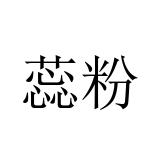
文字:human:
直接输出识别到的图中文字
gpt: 蕊粉